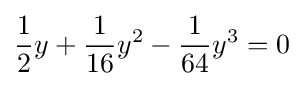
{\frac {1}{2}}y+{\frac {1}{16}}y^{2}-{\frac {1}{64}}y^{3}=0